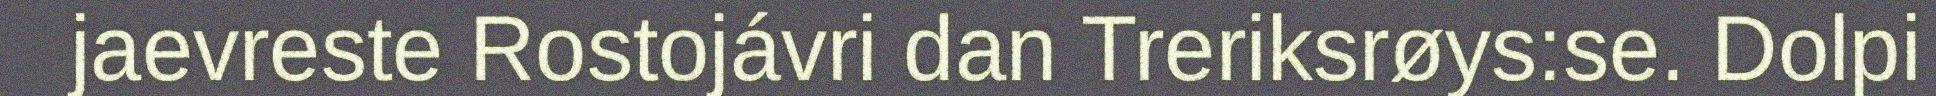
jaevreste Rostojávri dan Treriksrøys:se. Dolpi